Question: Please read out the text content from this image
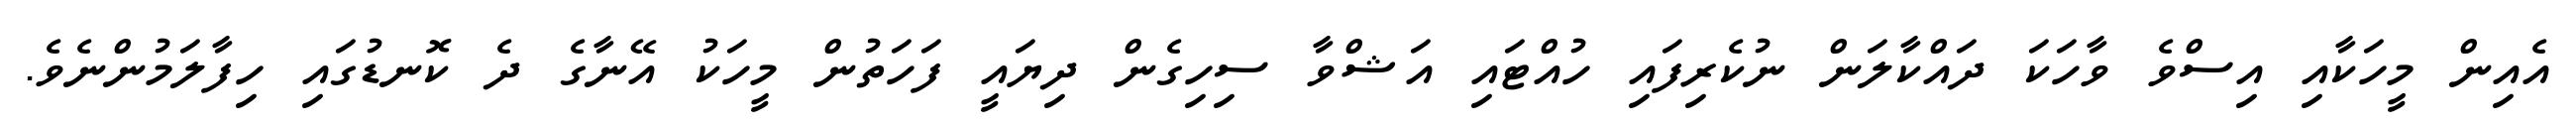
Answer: އެއިން މީހަކާއި އިސްވެ ވާހަކަ ދައްކާލަން ނުކެރިފައި ހުއްޓައި އަޝްވާ ސިހިގެން ދިޔައީ ފަހަތުން މީހަކު އޭނާގެ ދެ ކޮނޑުގައި ހިފާލަމުންނެވެ.